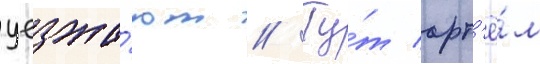
уезжа́ют // Ту́т арт'ё́м